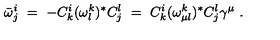
\bar { \omega } _ { j } ^ { i } \ = \ - C _ { k } ^ { i } ( \omega _ { l } ^ { k } ) ^ { * } C _ { j } ^ { l } \ = \ C _ { k } ^ { i } ( \omega _ { \mu l } ^ { k } ) ^ { * } C _ { j } ^ { l } \gamma ^ { \mu } \ .